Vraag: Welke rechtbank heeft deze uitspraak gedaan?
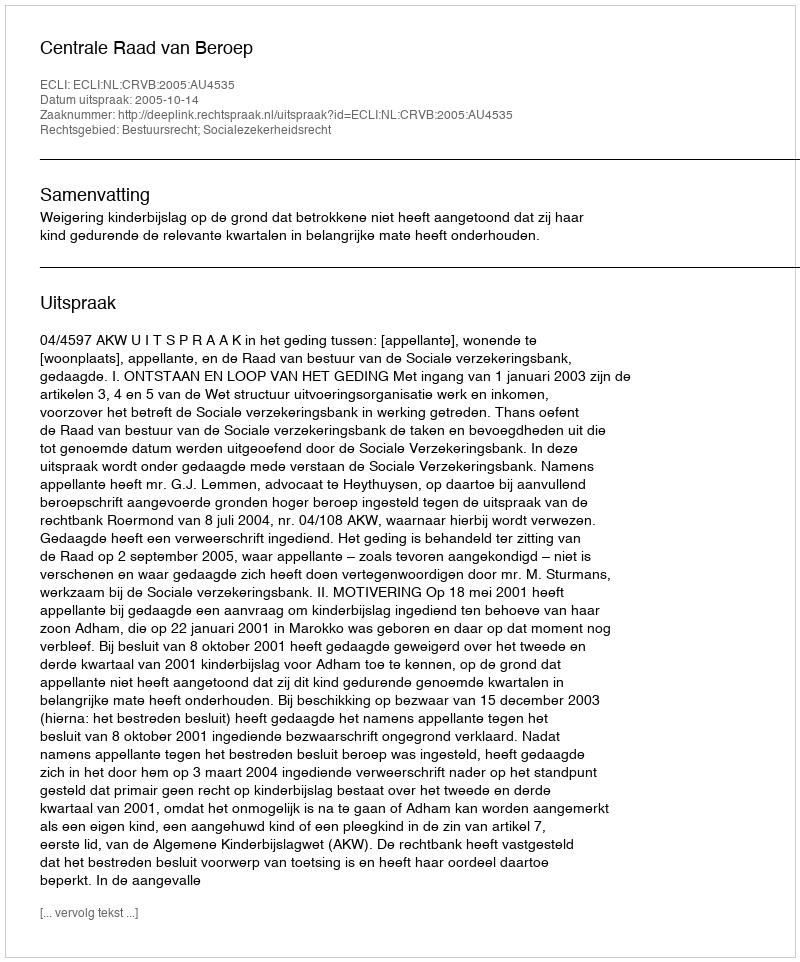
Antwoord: Centrale Raad van Beroep